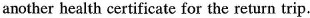
another health certificate for the return trip.